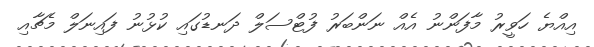
އިއްޔެ ހަވީރު މާފަންނު އެއް ނަންބަރު ފުޓްސަލް ދަނޑުގައި ކުޅުނު ފައިނަލް މެޗާއި